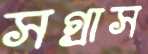
সগ্রাস